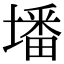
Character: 墦